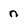
Character: n